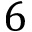
6